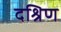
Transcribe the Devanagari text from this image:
दश्रिण